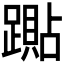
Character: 𰸭